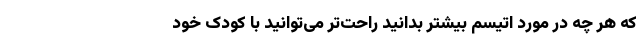
که هر چه در مورد اتیسم بیشتر بدانید راحت‌تر می‌توانید با کودک خود